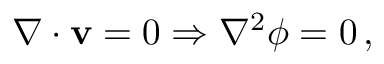
\nabla \cdot \mathbf { v } = 0 \Rightarrow \nabla ^ { 2 } \phi = 0 \, ,